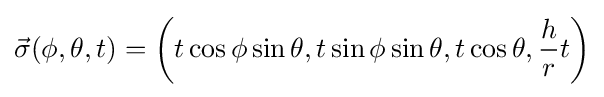
{\vec {\sigma }}(\phi ,\theta ,t)=\left(t\cos \phi \sin \theta ,t\sin \phi \sin \theta ,t\cos \theta ,{\frac {h}{r}}t\right)